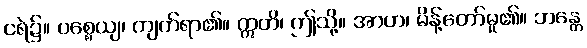
ငရဲ၌။ ပစ္စေယျ၊ ကျက်ရာ၏။ ဣတိ၊ ဤသို့။ အာဟ၊ မိန့်တော်မူ၏။ ဘန္တေ